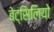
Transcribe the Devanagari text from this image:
बेट्सिलियो